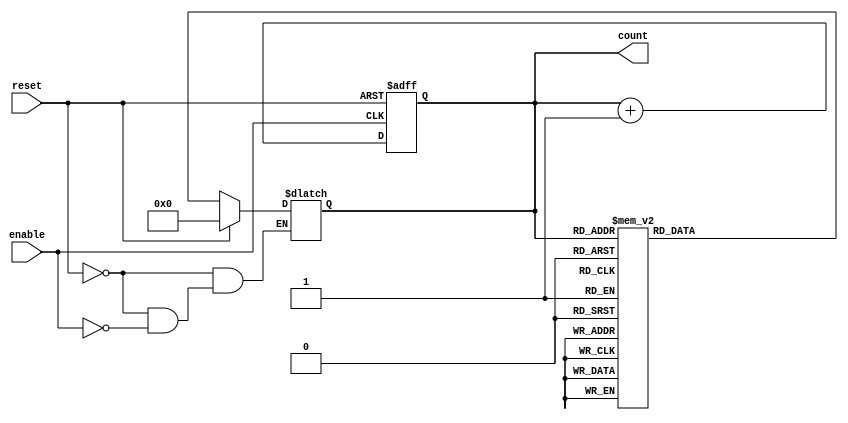
module async_counter (
    input wire enable,        // Enable signal for counting
    input wire reset,         // Asynchronous reset signal
    output reg [3:0] count    // 4-bit counter output
);

    // Asynchronous reset and counting logic
    always @(*) begin
        if (reset) begin
            count = 4'b0000;  // Reset the counter to 0
        end else if (enable) begin
            // Counting logic
            case (count)
                4'b0000: count = 4'b0001;
                4'b0001: count = 4'b0010;
                4'b0010: count = 4'b0011;
                4'b0011: count = 4'b0100;
                4'b0100: count = 4'b0101;
                4'b0101: count = 4'b0110;
                4'b0110: count = 4'b0111;
                4'b0111: count = 4'b1000;
                4'b1000: count = 4'b1001;
                4'b1001: count = 4'b1010;
                4'b1010: count = 4'b1011;
                4'b1011: count = 4'b1100;
                4'b1100: count = 4'b1101;
                4'b1101: count = 4'b1110;
                4'b1110: count = 4'b1111;
                4'b1111: count = 4'b0000; // Wrap around to 0
                default: count = 4'b0000; // Fallback case
            endcase
        end
    end

    // Increment logic on enable signal
    always @(posedge enable or posedge reset) begin
        if (reset) begin
            count <= 4'b0000; // Reset the counter
        end else begin
            count <= count + 1; // Increment the counter
        end
    end
endmodule